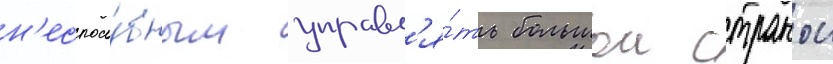
н'еспосо́бным управл'я́ть большои странои